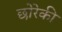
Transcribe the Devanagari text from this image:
छोरेकी